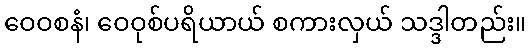
ဝေဝစနံ၊ ဝေဝုစ်ပရိယာယ် စကားလှယ် သဒ္ဒါတည်း။